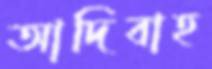
আদিবাহ